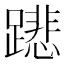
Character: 𨅥